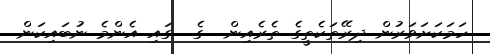
ހަމަކަށަވަރުން ދިރޭތަކެތީގެ ތެރެއިން  ގެ  ގައި އެންމެ ނުބައިކަން